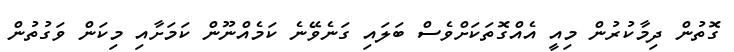
ގޮތުން ދިމާކުރުން މިއީ އެއްގޮތަކަށްވެސް ބަލައި ގަނެވޭނެ ކަމެއްނޫން ކަމަށާއި މިކަން ވަގުތުން